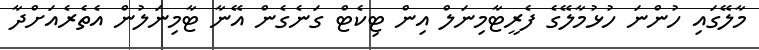
މާލޭގައި ހުންނަ ހުޅުމާލޭގެ ފެރީޓާމިނަލް އިން ޓިކެޓް ގަނެގެން އޭނާ ޓާމިނަލުން އެތެރެއަށްދާ